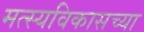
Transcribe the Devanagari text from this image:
मत्स्यविकासच्या